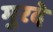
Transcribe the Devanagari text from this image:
मुरदे